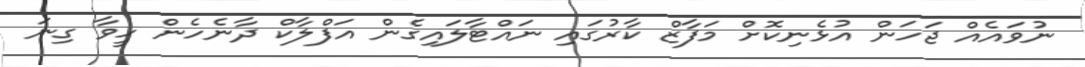
ނުވައެއް ޖަހަން އުޅެނިކޮށް މަފާޒް ކާރުގައި ނައްޓާލައިގެން އަފްލާކް ދާނެހެން ހީވާ ގިނަ